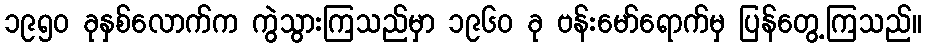
၁၉၅၀ ခုနှစ်လောက်က ကွဲသွားကြသည်မှာ ၁၉၆၀ ခု ဗန်းမော်ရောက်မှ ပြန်တွေ့ကြသည်။